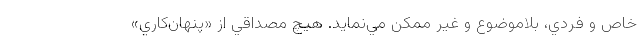
خاص و فردي، بلاموضوع و غير ممكن مي‌نمايد. هيچ مصداقي از «پنهان‌كاري»